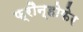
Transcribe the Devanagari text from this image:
फ्रौन्होफेर